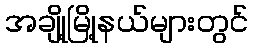
အချို့မြို့နယ်များတွင်